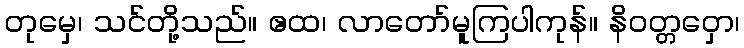
တုမှေ၊ သင်တို့သည်။ ဧထ၊ လာတော်မူကြပါကုန်။ နိဝတ္တဝှော၊